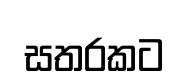
සතරකට